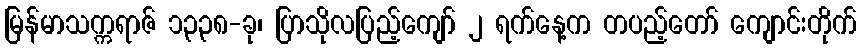
မြန်မာသက္ကရာဇ် ၁၃၃၈-ခု၊ ပြာသိုလပြည့်ကျော် ၂ ရက်နေ့က တပည့်တော် ကျောင်းတိုက်